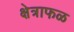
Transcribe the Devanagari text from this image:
क्षेत्राफळ